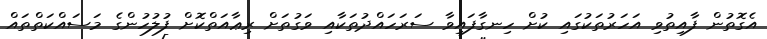
އެގޮތުން ފާއިތުވި އަހަރުތަކުގައި ކުށް ހިނގާފައިވާ ސަރަހައްދުތަކާއި ވަގުތަށް ރިޢާއަތްކޮށް ފުލުހުންގެ މަސައްކަތްތައް